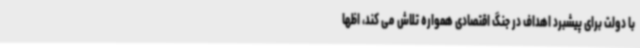
با دولت برای پیشبرد اهداف در جنگ اقتصادی همواره تلاش می کند، اظها